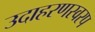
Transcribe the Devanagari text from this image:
उदाहरणस्वरप